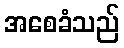
အစေခံသည်